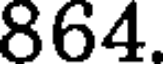
864.